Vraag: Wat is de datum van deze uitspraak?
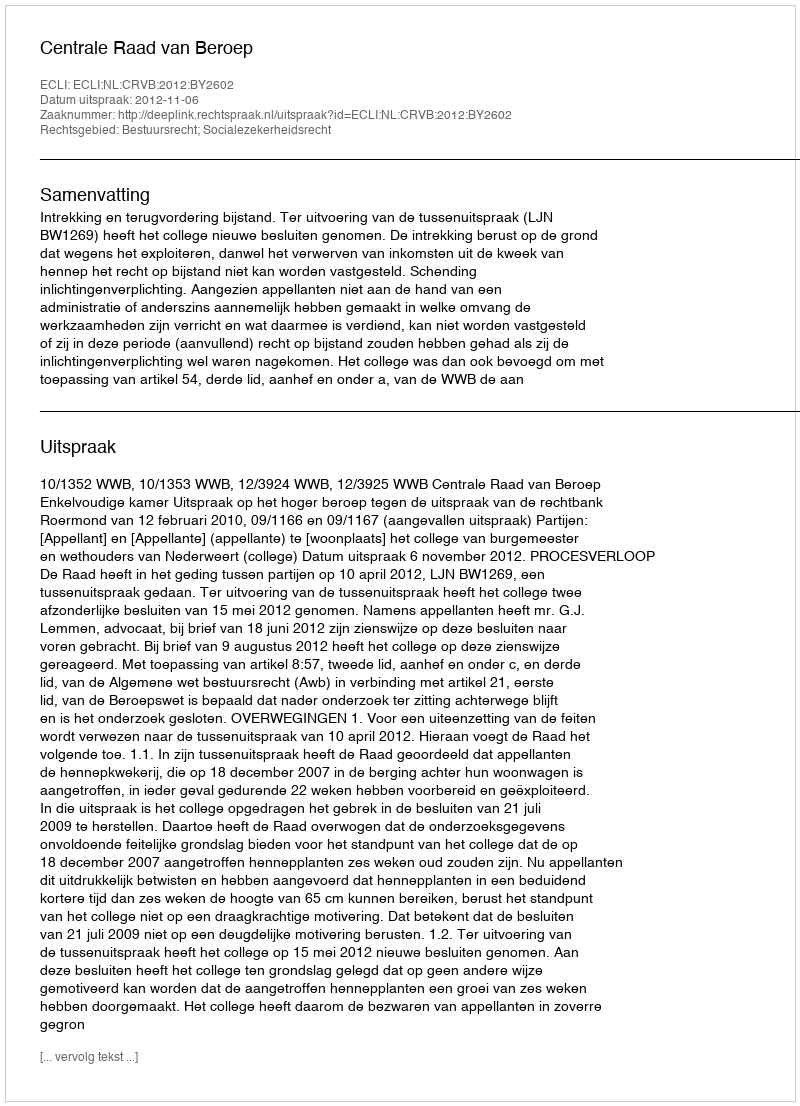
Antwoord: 2012-11-06